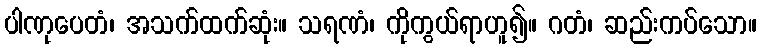
ပါဏုပေတံ၊ အသက်ထက်ဆုံး။ သရဏံ၊ ကိုကွယ်ရာဟူ၍။ ဂတံ၊ ဆည်းကပ်သော။